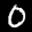
Label: 0